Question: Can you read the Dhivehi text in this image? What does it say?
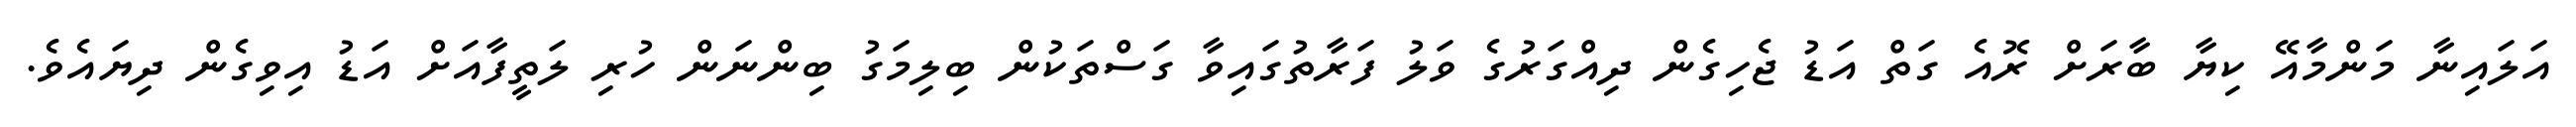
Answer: އަލައިނާ މަންމާއޭ ކިޔާ ބާރަށް ރޮއެ ގަތް އަޑު ޖެހިގެން ދިއްގަރުގެ ވަލު ފަރާތުގައިވާ ގަސްތަކުން ބިލިމަގު ބިންނަން ހުރި ލަތީފާއަށް އަޑު އިވިގެން ދިޔައެވެ.